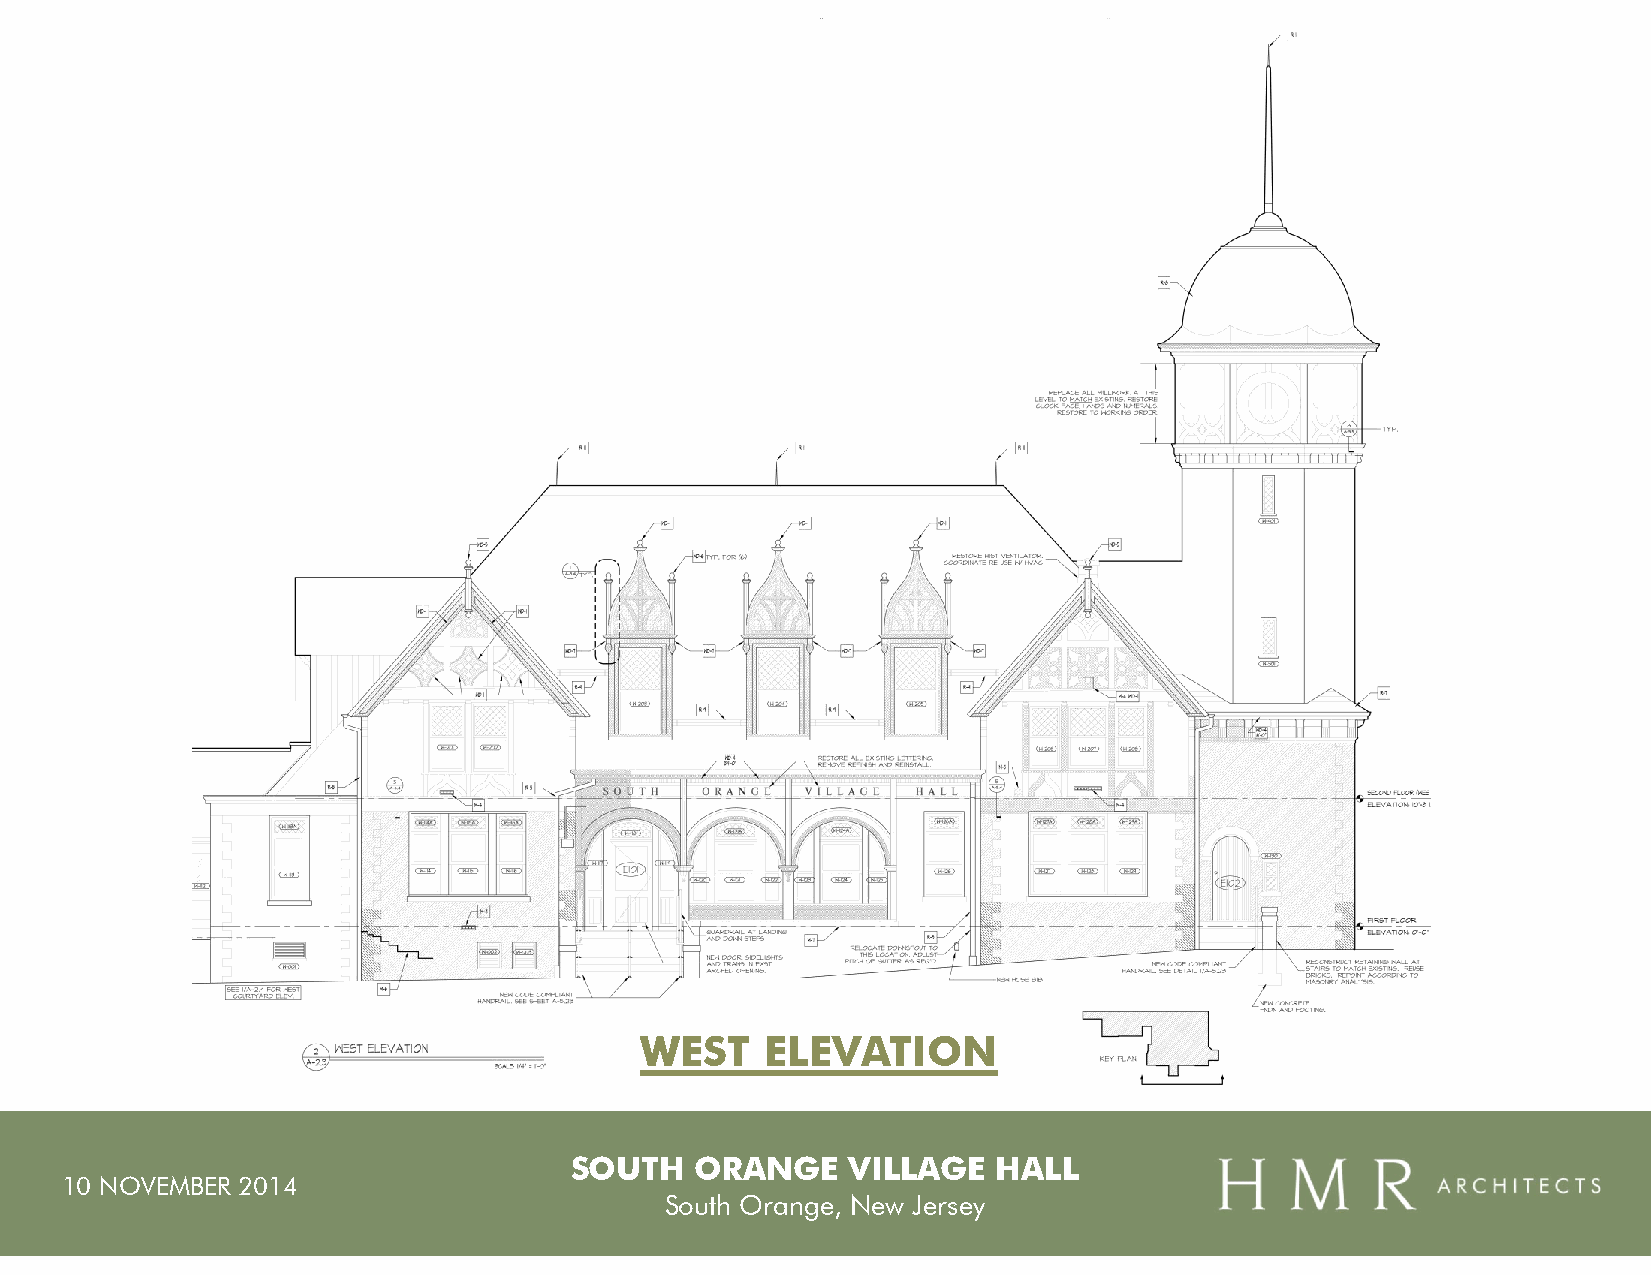
WEST     ELEVATION
 SOUTH   ORANGE    VILLAGE   HALL
 10 NOVEMBER 2014
 South Orange, New Jersey